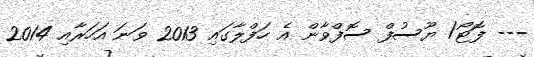
--- ފޮޓޯ/ ޔޫސުފް ސޮފްވާން އެ ހަފްލާގައި 2013 ވަނަ އަހަރާއި 2014